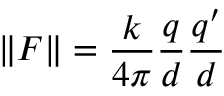
\| \boldsymbol { F } \| = \frac { k } { 4 \pi } \frac { q } { d } \frac { q ^ { \prime } } { d }